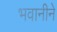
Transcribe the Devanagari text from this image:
भवानीने